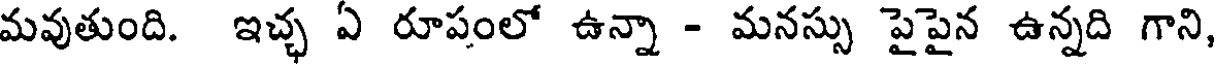
మవుతుంది. ఇచ్ఛ ఏ రూపంలో ఉన్నా - మనస్సు పైపైన ఉన్నది గాని,